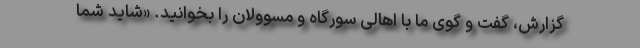
گزارش، گفت و گوی ما با اهالی سورگاه و مسوولان را بخوانید. «شاید شما